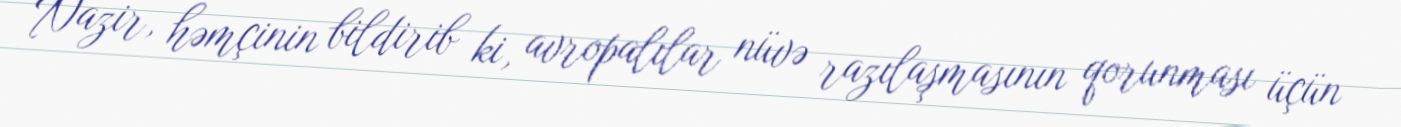
Nazir, həmçinin bildirib ki, avropalılar nüvə razılaşmasının qorunması üçün